Indian journal of veterinary science and animal husbandry - Volume 8,
Year: 1938
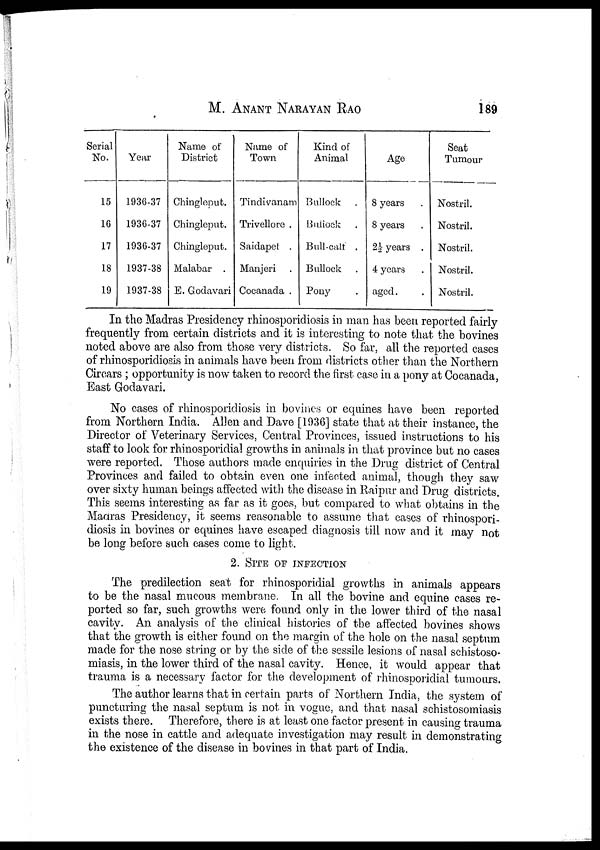
M.
ANANT
NARAYAN
RAO
189
Serial
No.
15
16
17
18
19
Year
1936-37
1936-37
1936-37
1937-38
1937-38
Name of
District
Chingleput.
Chingleput.
Chingleput.
Malabar .
E. Godavari
Name of
Town
Tindivanam
Trivellore .
Saidapet .
Manjeri .
Cocanada .
Kind of
Animal
Bullock .
Bullock .
Bull-cult .
Bullock .
Pony .
Age
8 years .
8 years .
2½ years .
4 years .
aged. .
Seat
Tumour
Nostril.
Nostril.
Nostril.
Nostril.
Nostril.
In the Madras Presidency rhinosporidiosis in man has been reported fairly
frequently from certain districts and it is interesting to note that the bovines
noted above are also from those very districts. So far, all the reported cases
of rhinosporidiosis in animals have been from districts other than the Northern
Circars ; opportunity is now taken to record the first case in a pony at Cocanada,
East Godavari.
No cases of rhinosporidiosis in bovines or equines have been reported
from Northern India. Allen and Dave [1936] state that at their instance, the
Director of Veterinary Services, Central Provinces, issued instructions to his
staff to look for rhinosporidial growths in animals in that province but no cases
were reported. Those authors made enquiries in the Drug district of Central
Provinces and failed to obtain even one infected animal, though they saw
over sixty human beings affected with the disease in Raipur and Drug districts.
This seems interesting as far as it goes, but compared to what obtains in the
Madras Presidency, it seems reasonable to assume that cases of rhinospori-
diosis in bovines or equines have escaped diagnosis till now and it may not
be long before such cases come to light.
2. SITE OF INFECTION
The predilection seat for rhinosporidial growths in animals appears
to be the nasal mucous membrane. In all the bovine and equine cases re-
ported so far, such growths were found only in the lower third of the nasal
cavity. An analysis of the clinical histories of the affected bovines shows
that the growth is either found on the margin of the hole on the nasal septum
made for the nose string or by the side of the sessile lesions of nasal schistoso-
miasis, in the lower third of the nasal cavity. Hence, it would appear that
trauma is a necessary factor for the development of rhinosporidial tumours.
The author learns that in certain parts of Northern India, the system of
puncturing the nasal septum is not in vogue, and that nasal schistosomiasis
exists there. Therefore, there is at least one factor present in causing trauma
in the nose in cattle and adequate investigation may result in demonstrating
the existence of the disease in bovines in that part of India.